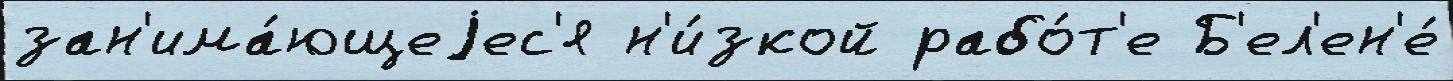
зан'има́ющеjес'я н'и́зкой рабо́т'е Б'ел'ен'е́